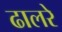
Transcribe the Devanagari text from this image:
ढालरे